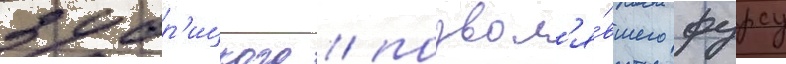
зубр'ицкого / позвол'я́вшего фурсу